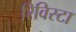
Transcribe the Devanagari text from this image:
रिविस्टा